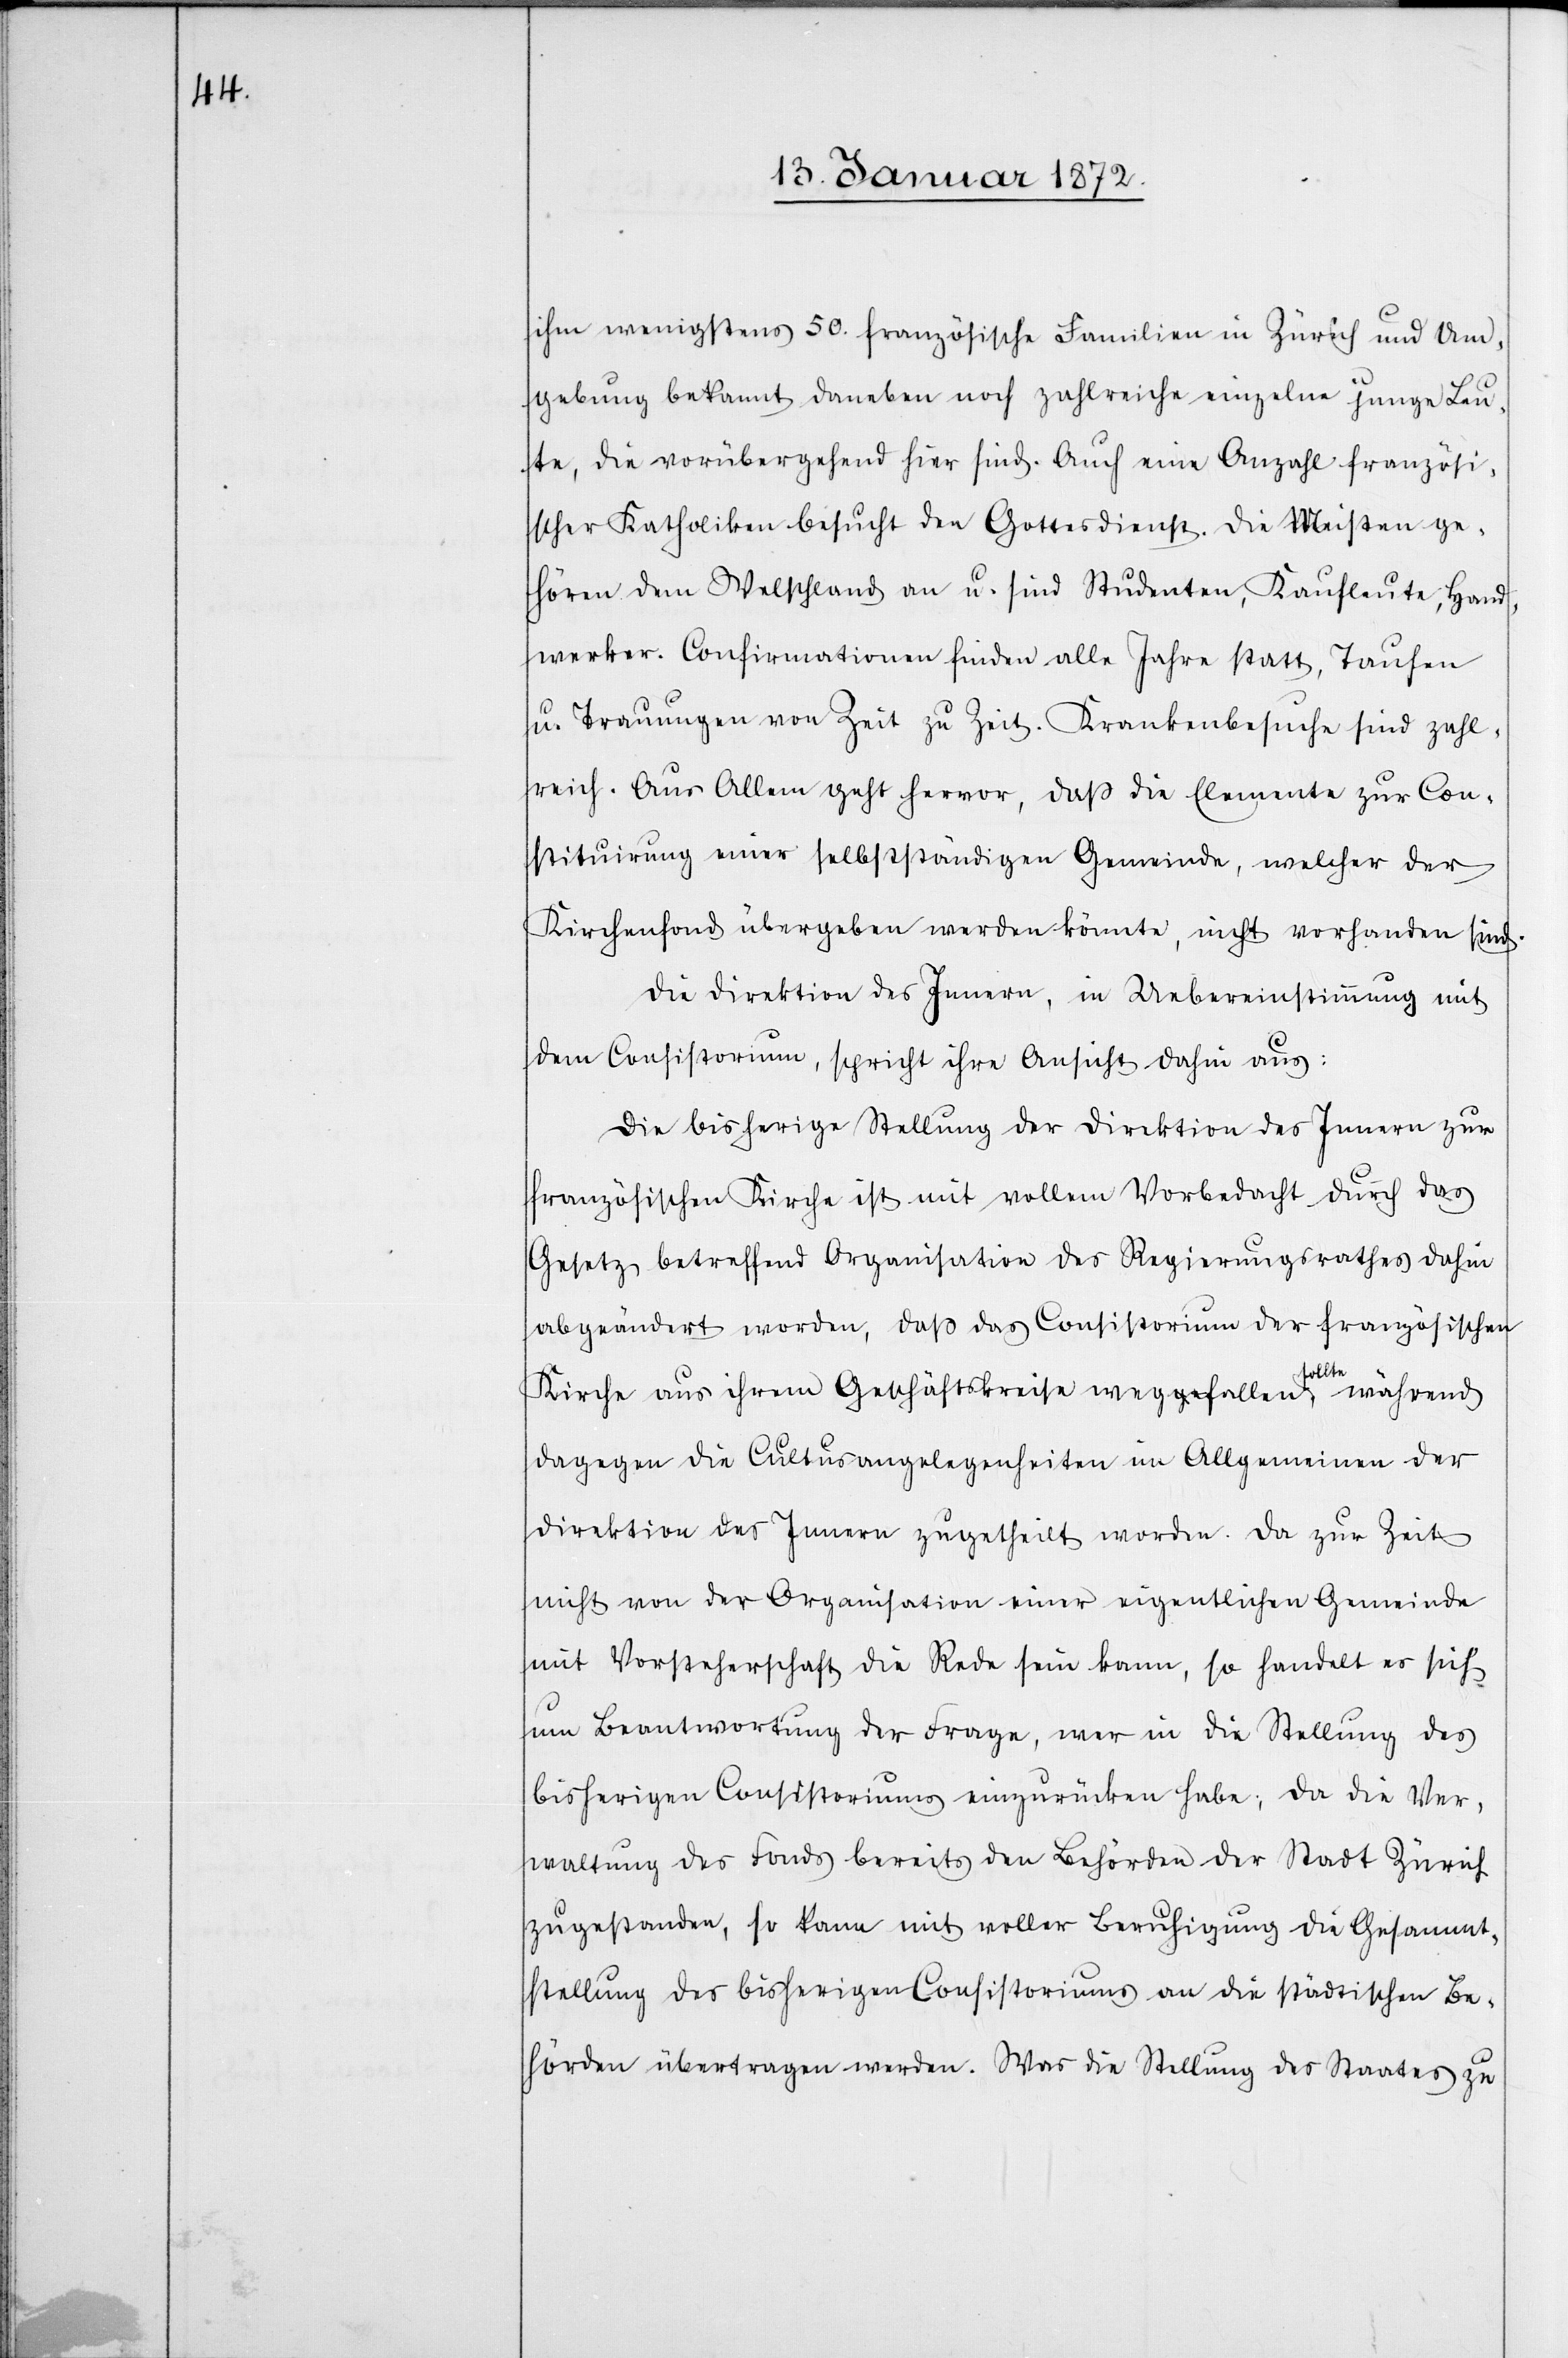
ihm wenigstens 50. französische Familien in Zürich und Um¬
gebung bekannt daneben noch zahlreiche einzelne junge Leu¬
te, die vorübergehend hier sind. Auch eine Anzahl französi¬
scher Katholiken besucht den Gottesdienst. Die Meisten ge¬
hören dem Welschland an u. sind Studenten, Kaufleute, Hand¬
werker. Confirmationen finden alle Jahre statt, Taufen
u. Trauungen von Zeit zu Zeit. Krankenbesuche sind zahl¬
reich. Aus Allem geht hervor, daß die Elemente zur Con¬
stituirung einer selbstständigen Gemeinde, welcher der
Kirchenfond übergeben werden könnte, nicht vorhanden sind.
Die Direktion des Innern, in Uebereinstimmung mit
dem Consistorium, spricht ihre Ansicht dahin aus:
Die bisherige Stellung der Direktion des Innern zur
französischen Kirche ist mit vollem Vorbedacht durch das
Gesetz betreffend Organisation des Regierungsrathes dahin
abgeändert worden, daß das Consistorium der französischen
Kirche aus ihrem Geschäftskreise wegfallen sollte während
dagegen die Cultusangelegenheiten im Allgemeinen der
Direktion des Innern zugetheilt worden. Da zur Zeit
nicht von der Organisation einer eigentlichen Gemeinde
mit Vorsteherschaft die Rede sein kann, so handelt es sich
um Beantwortung der Frage, wer in die Stellung des
bisherigen Consistoriums einzurücken habe; da die Ver¬
waltung des Fonds bereits den Behörden der Stadt Zürich
zugestanden, so kann mit voller Beruhigung die Gesammt¬
stellung des bisherigen Consistoriums an die städtischen Be¬
hörden übertragen werden. Was die Stellung des Staates zu